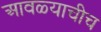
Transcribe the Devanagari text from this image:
आवळ्याचीच